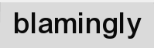
blamingly